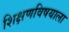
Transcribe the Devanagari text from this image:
शिक्षणविषयाला